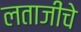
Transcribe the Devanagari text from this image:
लताजींचे